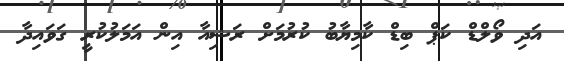
އަދި ވޯލްޑް ކަޕް ބިޑް ކާމިޔާބު ކުރުމަށް ރަޝިއާ އިން އަމަލުކުރީ ގަވައިދާ